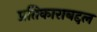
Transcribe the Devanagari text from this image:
प्रतिकाराबद्दल